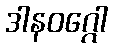
ဒါနဝဂ္ဂေါ